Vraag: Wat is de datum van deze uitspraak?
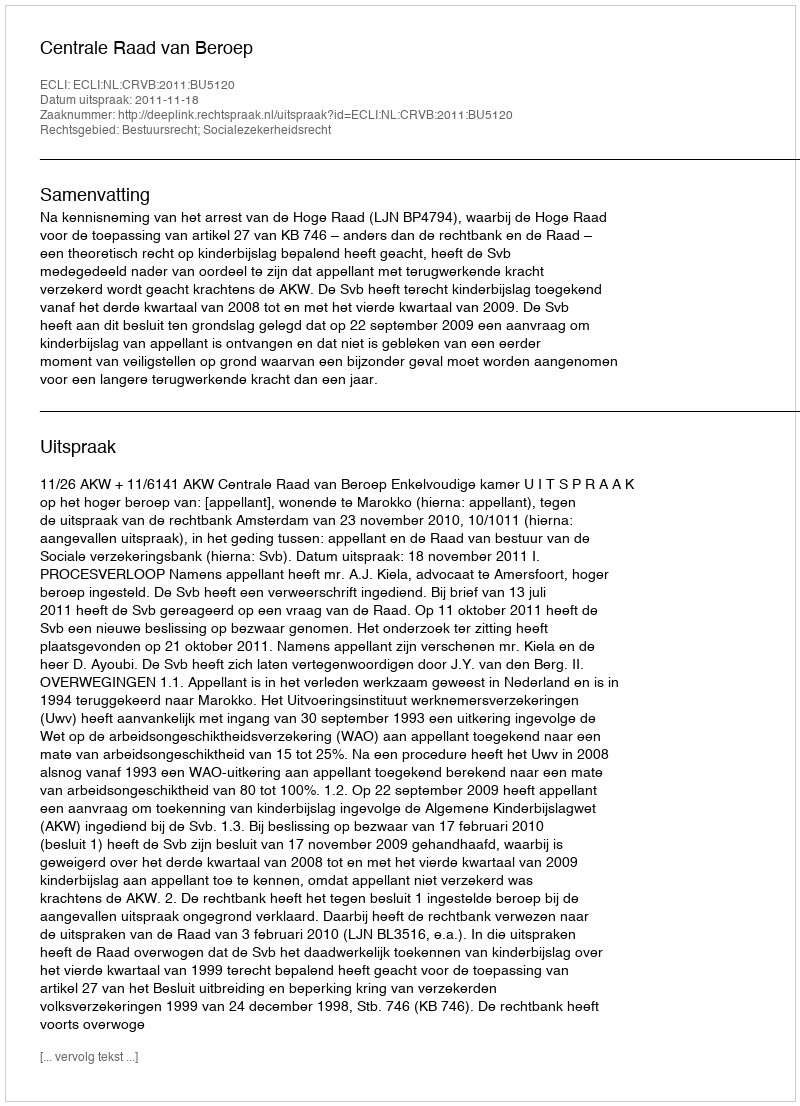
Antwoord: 2011-11-18